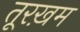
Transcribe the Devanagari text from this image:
तूरख़म